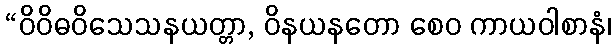
“ဝိဝိဓဝိသေသနယတ္တာ, ဝိနယနတော စေဝ ကာယဝါစာနံ၊